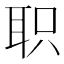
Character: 职